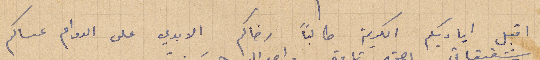
اقبل اياديكم الكريمة طالبًا رضاكم الابدي على الدوام عساكم